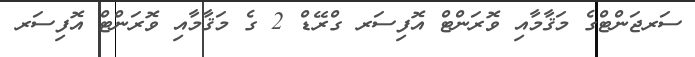
ސަރޖަންޓްގެ މަޤާމާއި ވޮރަންޓް އޮފިސަރ ގްރޭޑް 2 ގެ މަޤާމާއި ވޮރަންޓް އޮފިސަރ